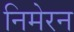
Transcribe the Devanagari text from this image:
निमेरन